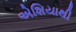
એશિયાથી